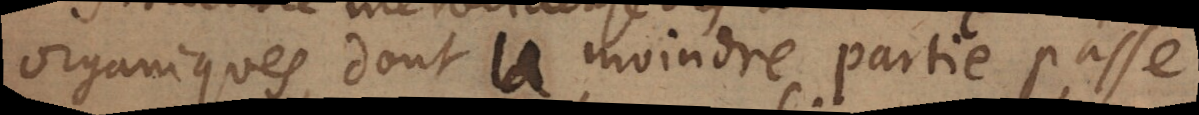
organiques, dont la moindre partie passe